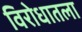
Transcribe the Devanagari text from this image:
विरोधातला